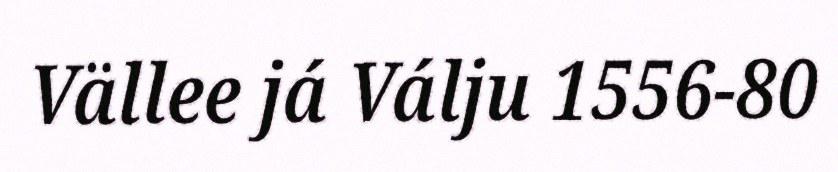
Vällee já Válju 1556-80